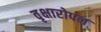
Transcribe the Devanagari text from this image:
वृक्षारोपन